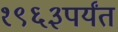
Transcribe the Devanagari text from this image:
१९६३पर्यंत